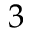
3